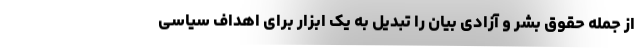
از جمله حقوق بشر و آزادی بیان را تبدیل به یک ابزار برای اهداف سیاسی